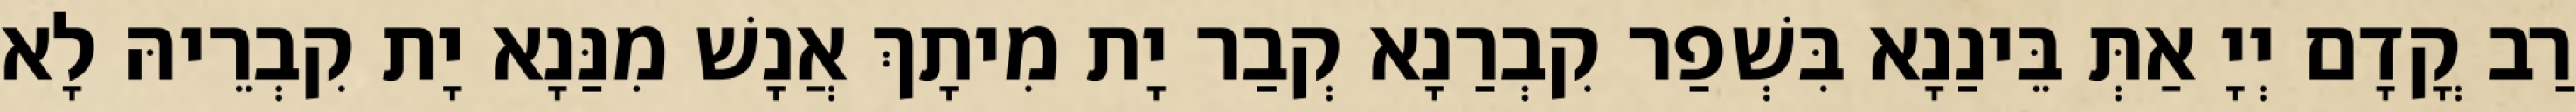
רַב קֳדָם יְיָ אַתְּ בֵּינַנָא בִּשְׁפַר קִבְרַנָא קְבַר יָת מִיתָךְ אֲנָשׁ מִנַּנָא יָת קִבְרֵיהּ לָא